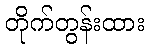
တိုက်တွန်းထား